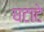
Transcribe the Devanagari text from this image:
घटाटे